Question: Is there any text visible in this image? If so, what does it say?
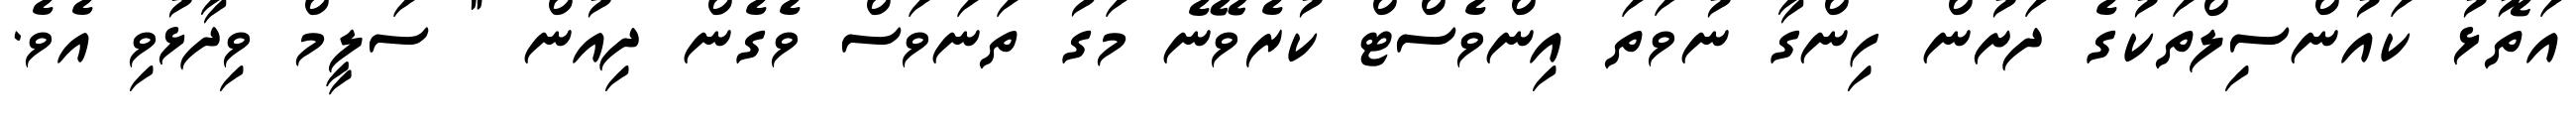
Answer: އަތޮޅު ކައުންސިލްތަކުގެ ދަށުން ހިންގާ ނުވަތަ އިންވެސްޓް ކުރެވޭނެ މަގު ތަނަވަސް ވެގެން ދިއުން " ސަލީމް ވިދާޅުވި އެވެ.